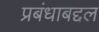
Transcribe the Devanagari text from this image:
प्रबंधाबद्दल